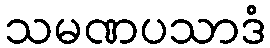
သမဏပသာဒံ